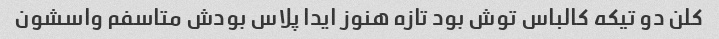
کلن دو تیکه کالباس توش بود تازه هنوز ایدا پلاس بودش متاسفم واسشون